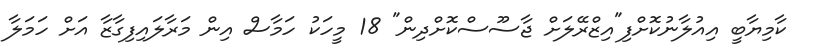
ކާމިޔާބީ އިއުލާނުކޮށްފި"އިޒްރޭލަށް ޖާސޫސްކޮށްދިން" 18 މީހަކު ހަމާސް އިން މަރާލައިފިގާޒާ އަށް ހަމަލާ